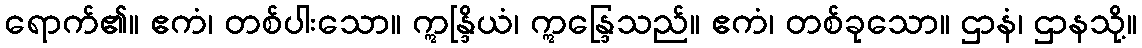
ရောက်၏။ ဧကံ၊ တစ်ပါးသော။ ဣန္ဒြိယံ၊ ဣန္ဒြေသည်။ ဧကံ၊ တစ်ခုသော။ ဌာနံ၊ ဌာနသို့။